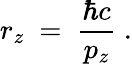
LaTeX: r_{z}\ =\ \frac{\hbar c}{p_{z}}\ .